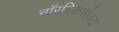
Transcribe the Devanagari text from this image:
नॉरविकसोबत